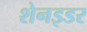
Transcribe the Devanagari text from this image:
शेनइडर